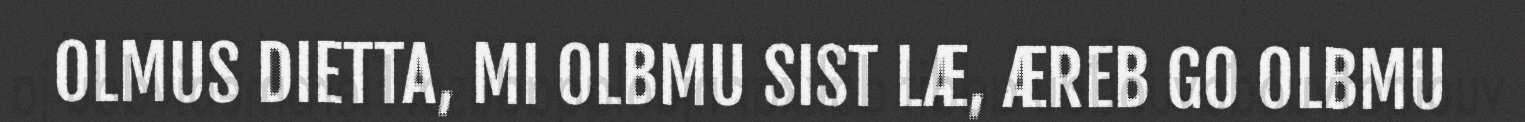
OLMUS DIETTA, MI OLBMU SIST LÆ, ÆREB GO OLBMU